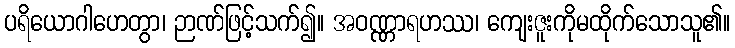
ပရိယောဂါဟေတွာ၊ ဉာဏ်ဖြင့်သက်၍။ အဝဏ္ဏာရဟဿ၊ ကျေးဇူးကိုမထိုက်သောသူ၏။